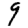
Digit: 9